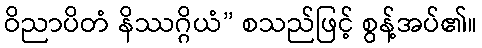
ဝိညာပိတံ နိဿဂ္ဂိယံ” စသည်ဖြင့် စွန့်အပ်၏။